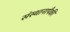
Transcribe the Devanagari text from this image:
संस्थानापैकी